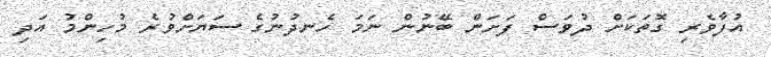
އުފާވެރި ގޮތަކަށް ދުވަސް ފަށަން ބޭނުން ނަމަ ހެނދުނުގެ ސަޔަށްވުރެ މުހިންމު އަދި